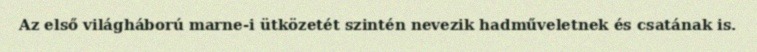
Az első világháború marne-i ütközetét szintén nevezik hadműveletnek és csatának is.